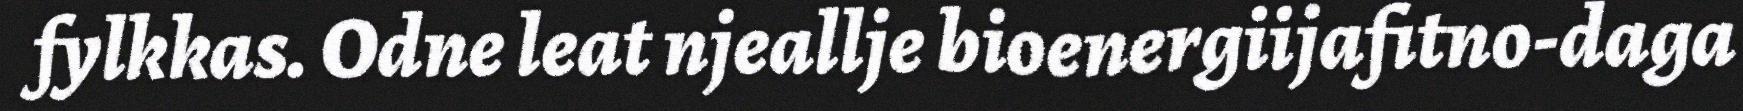
fylkkas. Odne leat njeallje bioenergiijafitno-daga